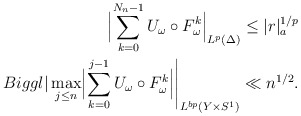
\begin{align*} \Bigl|\sum_{k=0}^{N_n-1}U_\omega\circ F_\omega^k\Bigr|_{L^p(\Delta)}\le |r|_a^{1/p} \\Biggl|\max_{j\le n}\Bigl|\sum_{k=0}^{j-1}U_\omega\circ F_\omega^k\Bigr|\Biggr|_{L^{bp}(Y\times S^1)}\ll n^{1/2}.\end{align*}